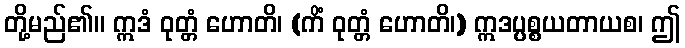
တို့မည်၏။ ဣဒံ ဝုတ္တံ ဟောတိ၊ (ကိံ ဝုတ္တံ ဟောတိ၊) ဣဒပ္ပစ္စယတာယစ၊ ဤ